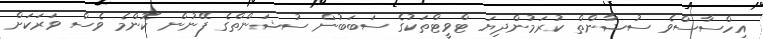
އިހްސާސްވެ ސުޝާންތް ކުރަމުންދިޔަ ޓްވީޓްތަކުގެ ސަބަބުން ސުޝަންތްގެ ފޭނުން ކޮންމެ ވެސް ވަރަކަށް